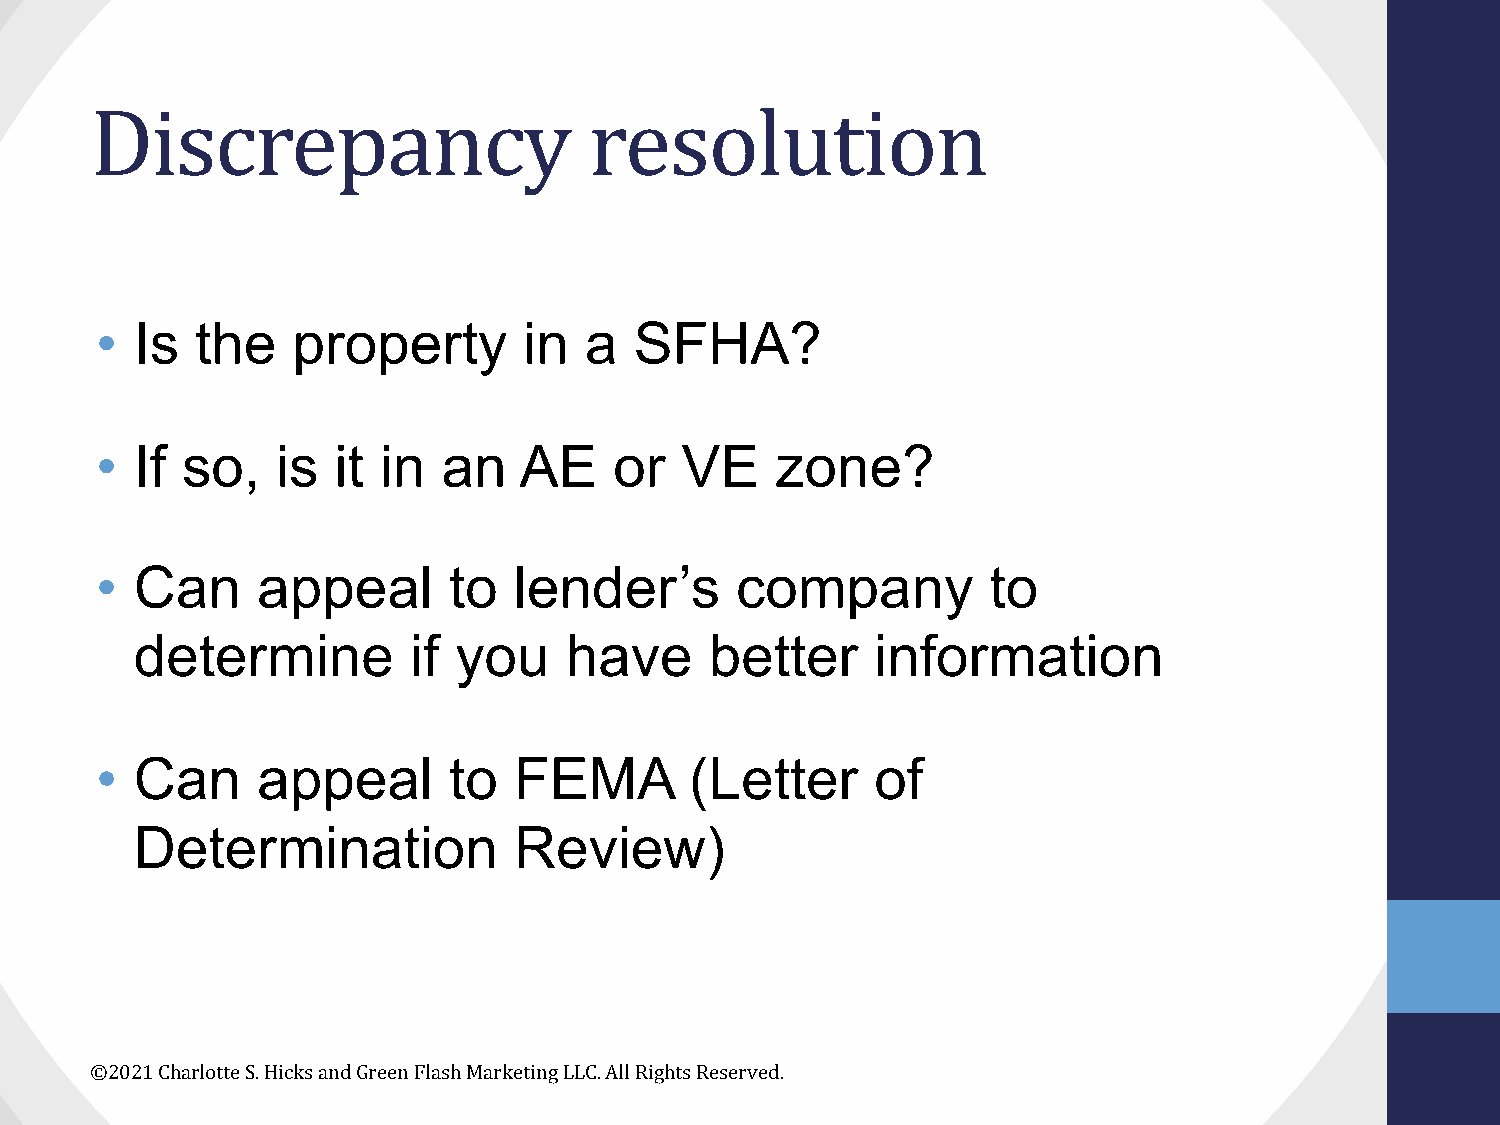
Discrepancy                      resolution
 •  Is  the   property        in  a  SFHA?
 •  If so,   is  it in  an   AE     or  VE    zone?
 •  Can     appeal       to  lender’s       company          to
 determine         if you    have      better     information
 •  Can     appeal       to  FEMA        (Letter     of
 Determination            Review)
 ©2021 Charlotte S. Hicks and Green Flash Marketing LLC. All Rights Reserved.